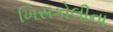
ખિસકોલીના